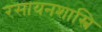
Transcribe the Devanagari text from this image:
रसायनशास्त्रि